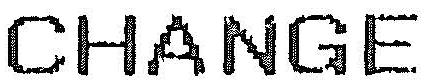
CHANGE